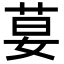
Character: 𦰇